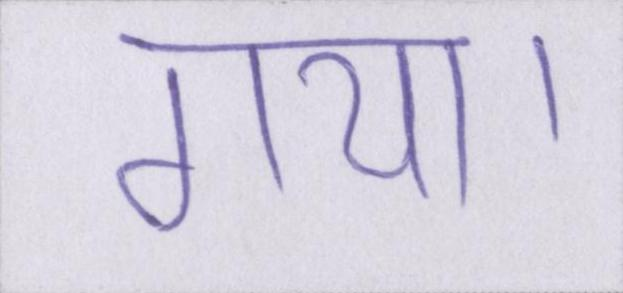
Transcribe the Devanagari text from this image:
गया।